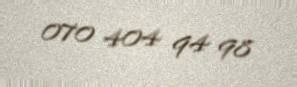
070 404 94 98